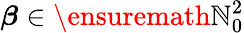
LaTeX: {\boldsymbol{\beta}}\in\ensuremath{\mathbb{N}}_{0}^{2}